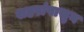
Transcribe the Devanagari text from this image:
शहरांपासुन